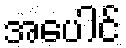
အပေါင်